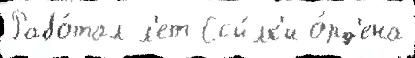
Рабо́тал л'ет Ссы́лк'и о́рд'ена